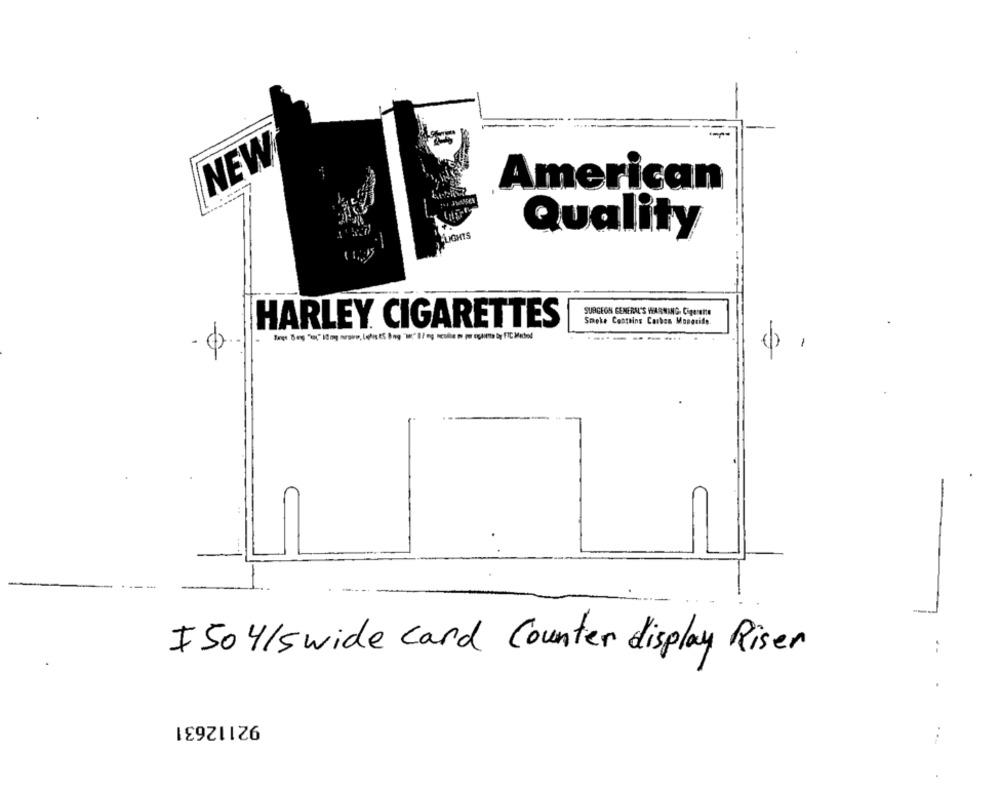
NEW
American
Quality
SURGEON GENERAL'S WHARMANG. Cigarette
HARLEY CIGARETTES
Smoke Contains Carbon Monoride.
--
:
IS0 4/swide card Counter display Riser
92112631